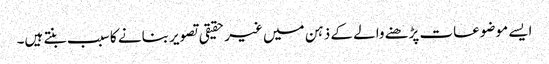
ایسے موضوعات پڑھنے والے کے ذہن میں غیر حقیقی تصویر بنانے کا سبب بنتے ہیں۔